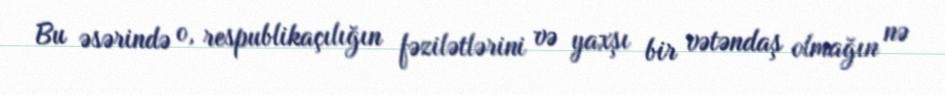
Bu əsərində o, respublikaçılığın fəzilətlərini və yaxşı bir vətəndaş olmağın nə